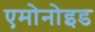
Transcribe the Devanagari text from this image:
एमोनोइड